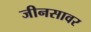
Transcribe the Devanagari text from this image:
जीनसावर